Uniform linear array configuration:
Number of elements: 12
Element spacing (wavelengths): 0.25
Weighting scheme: binomial
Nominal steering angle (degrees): -30
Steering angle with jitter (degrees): -30.792
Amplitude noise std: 0.05
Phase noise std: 0.05

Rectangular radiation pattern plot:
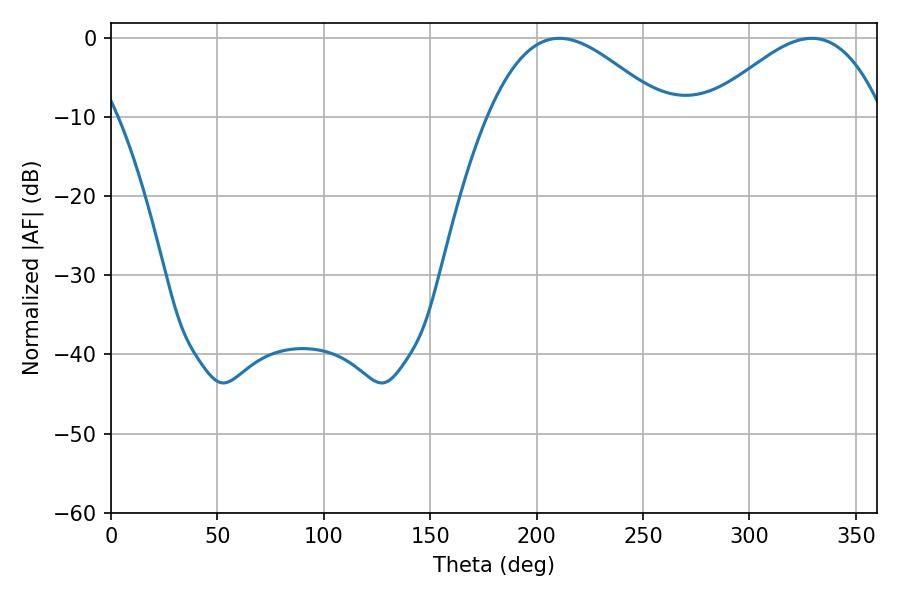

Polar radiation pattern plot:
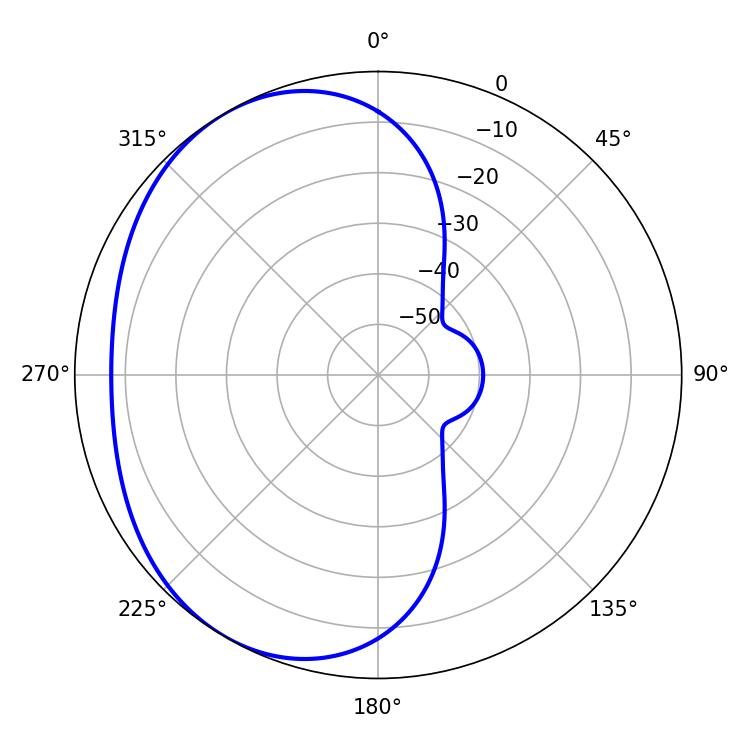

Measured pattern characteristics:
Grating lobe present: FALSE
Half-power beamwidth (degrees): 44.64
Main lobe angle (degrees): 210.6